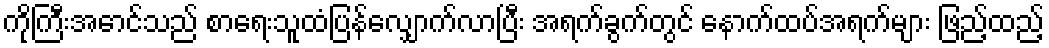
ကိုကြီးအောင်သည် စာရေးသူထံပြန်လျှောက်လာပြီး အရက်ခွက်တွင် နောက်ထပ်အရက်များ ဖြည့်ထည့်